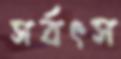
সর্বৎস